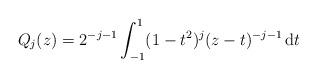
LaTeX: \begin{align*} Q_{j}(z)= 2^{-j-1}\int_{-1}^1(1- t^2)^{j}(z -t)^{-j-1}\,\mathrm dt\end{align*}